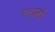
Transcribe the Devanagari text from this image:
एथनो